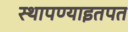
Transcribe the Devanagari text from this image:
स्थापण्याइतपत